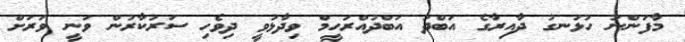
މާފަންނު ހުޅަނގު ދާއިރާގެ އަބްދު އަބްދުއްރަހީމް ވިދާޅުވީ ދިވެހި ސަރުކާރުން ވަނީ ވަރަށް